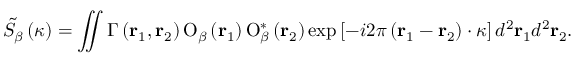
{ { \tilde { S _ { \beta } } } } \left( \boldsymbol { \kappa } \right) = \iint { \Gamma \left( { \bf { r } } _ { 1 } , { \bf { r } } _ { 2 } \right) { { { \mathrm O } } _ { \beta } } \left( { \bf { r } } _ { 1 } \right) { \mathrm O } _ { \beta } ^ { * } \left( { \bf { r } } _ { 2 } \right) \exp \left[ - i 2 \pi \left( { \bf { r } } _ { 1 } - { \bf { r } } _ { 2 } \right) \cdot \boldsymbol { \kappa } \right] { { d } ^ { 2 } } { { \bf { r } } _ { 1 } } { { d } ^ { 2 } } { { \bf { r } } _ { 2 } } } .